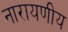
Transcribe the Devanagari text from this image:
नारायणीय